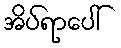
အိပ်ရာပေါ်